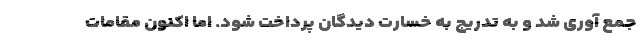
جمع آوری شد و به تدریج به خسارت دیدگان پرداخت شود. اما اکنون مقامات